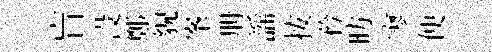
盲没鄭貌峯册謡按矜昉寥便